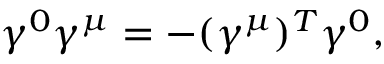
{ \gamma ^ { 0 } \gamma ^ { \mu } = - ( \gamma ^ { \mu } ) ^ { T } \gamma ^ { 0 } , }